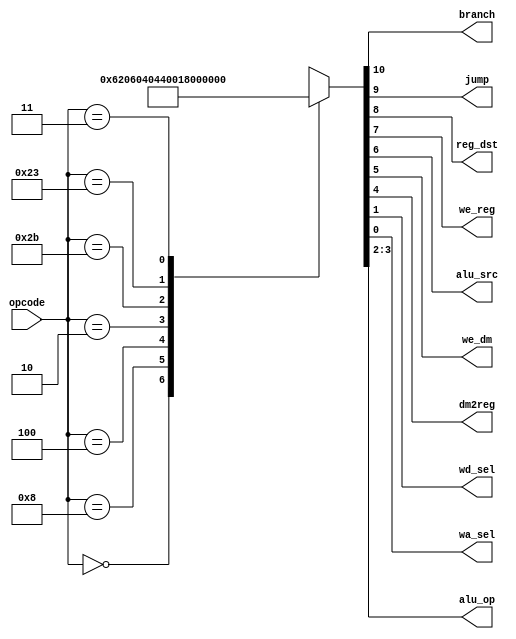
module maindec (
    	input  wire [5:0] opcode,
    	output wire   	branch,
    	output wire   	jump,
    	output wire   	reg_dst,
    	output wire   	we_reg,
    	output wire   	alu_src,
    	output wire   	we_dm,
    	output wire   	dm2reg,
    	output wire   	wd_sel,
    	output wire   	wa_sel,
    	output wire [1:0] alu_op
	);
	reg [10:0] ctrl;
	assign {branch, jump, reg_dst, we_reg, alu_src, we_dm, dm2reg, alu_op, wd_sel, wa_sel} = ctrl;
	always @ (opcode) begin
    	case (opcode)
        	6'b00_0000: ctrl = 11'b0_0_1_1_0_0_0_10_0_0; // R-type
        	6'b00_1000: ctrl = 11'b0_0_0_1_1_0_0_00_0_0; // ADDI
        	6'b00_0100: ctrl = 11'b1_0_0_0_0_0_0_01_0_0; // BEQ
        	6'b00_0010: ctrl = 11'b0_1_0_0_0_0_0_00_0_0; // J
        	6'b10_1011: ctrl = 11'b0_0_0_0_1_1_0_00_0_0; // SW
        	6'b10_0011: ctrl = 11'b0_0_0_1_1_0_1_00_0_0; // LW
        	6'b00_0011: ctrl = 11'b0_1_0_1_0_0_0_00_1_1; // JAL
        	default:	ctrl = 11'bx_x_x_x_x_x_xx_x_x;
    	endcase
	end
endmodule